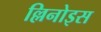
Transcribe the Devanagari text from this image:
ल्लिनोइस